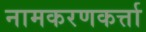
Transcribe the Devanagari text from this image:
नामकरणकर्त्ता